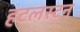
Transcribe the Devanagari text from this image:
हटलस्टन